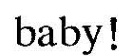
baby!